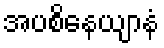
အပစိနေယျာနံ